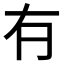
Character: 𠕆